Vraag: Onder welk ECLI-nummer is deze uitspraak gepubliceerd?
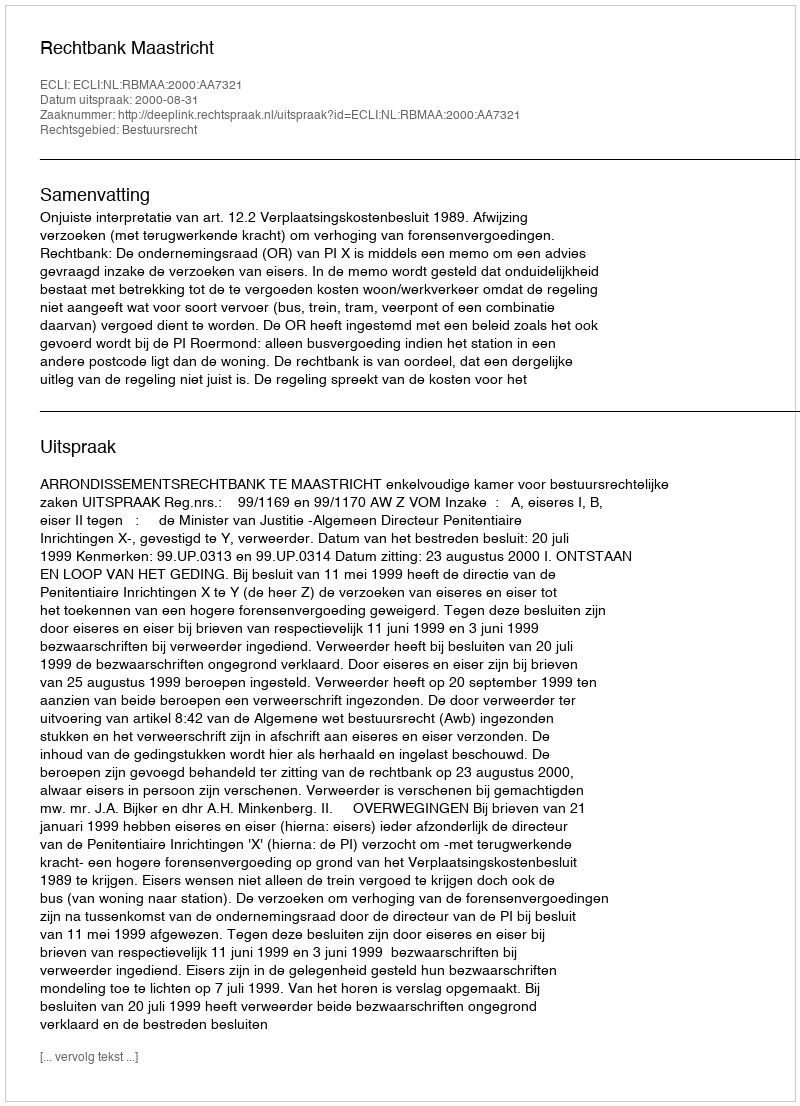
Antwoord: ECLI:NL:RBMAA:2000:AA7321